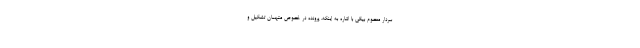
سردار معصوم بیگی با اشاره به اینکه، پرونده در خصوص متهمان تشکیل و